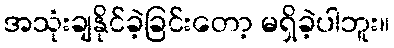
အသုံးချနိုင်ခဲ့ခြင်းတော့ မရှိခဲ့ပါဘူး။